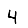
Digit: 4